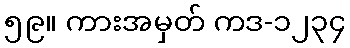
၅၉။ ကားအမှတ် ကဒ-၁၂၃၄